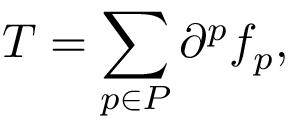
T = \sum _ { p \in P } \partial ^ { p } f _ { p } ,